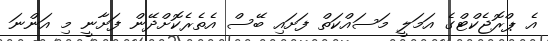
އެ ޕްރޮޖެކްޓްގެ އަމަލީ މަސައްކަތް ފަށައި ބޭސް އެތެރެކޮށްދޭން ފަށާނީ މި އަންނަ